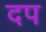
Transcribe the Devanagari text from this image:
दप